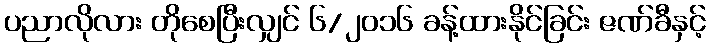
ပညာလိုလား တိုစေပြီးလျှင် ၆/၂၀၁၆ ခန့်ထားနိုင်ခြင်း ဇဏ်ခီနှင့်